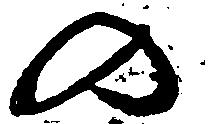
の